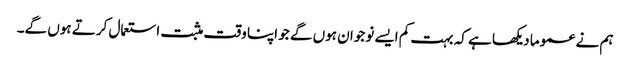
ہم نے عموما دیکھا ہے کہ بہت کم ایسے نوجوان ہوں گے جو اپنا وقت مثبت استعمال کرتے ہوں گے۔